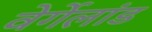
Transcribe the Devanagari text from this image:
वेर्गेलांड